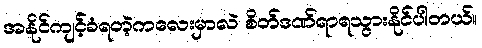
အနိုင်ကျင့်ခံရတဲ့ကလေးမှာလဲ စိတ်ဒဏ်ရာရသွားနိုင်ပါတယ်။